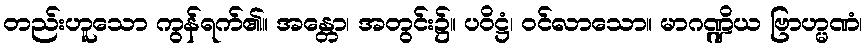
တည်းဟူသော ကွန်ရက်၏။ အန္တော၊ အတွင်း၌။ ပဝိဋ္ဌံ၊ ဝင်လာသော။ မာဂဏ္ဍိယ ဗြာဟ္မဏံ၊